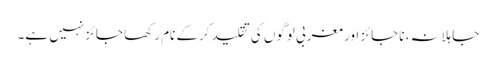
جاہلانہ، ناجائز اور مغربی لوگوں کی تقلید کرکے نام رکھا جائزنہیں ہے۔